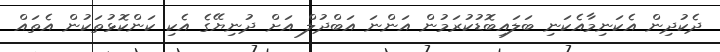
ދެކުދިން އެކަނިމާއެކަނި ބަލައިބޮޑުކުރަމުން އަންނަ އަބްދުލް އަށް ދުނިޔޭގެ އެކި ކަންކޮޅުތަކުން އެތައް